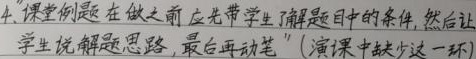
4. 课堂例题在做之前应先带学生了解题目中的条件，然后让
学生说解题思路，最后再动笔”（演课中缺少这一环）